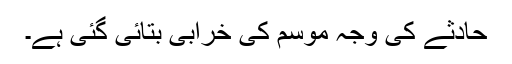
حادثے کی وجہ موسم کی خرابی بتائی گئی ہے۔